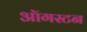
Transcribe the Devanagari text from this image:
ऑगस्टन